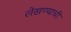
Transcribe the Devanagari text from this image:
लेखण्याची